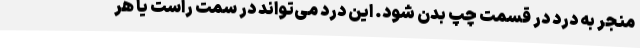
منجر به درد در قسمت چپ بدن شود. این درد می‌تواند در سمت راست یا هر